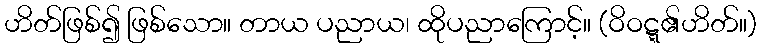
ဟိတ်ဖြစ်၍ ဖြစ်သော။ တာယ ပညာယ၊ ထိုပညာကြောင့်။ (ဝိဝဋ္ဋ၏ဟိတ်။)